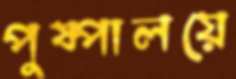
পুষ্পালয়ে